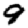
Digit: 9